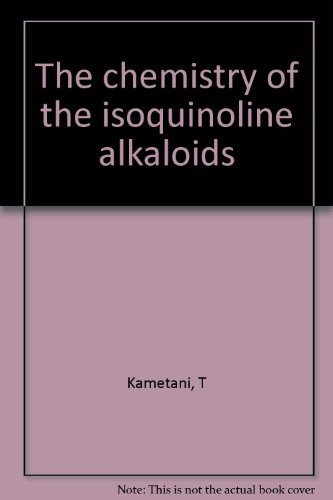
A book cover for The chemistry of the isoquinoline alkaloids; T Kametani; Science & Math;